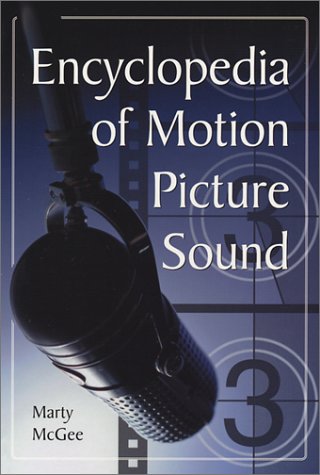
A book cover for Encyclopedia of Motion Picture Sound; Marty McGee; Humor & Entertainment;